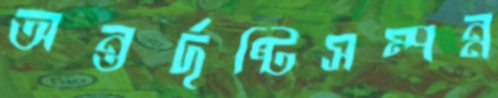
অন্তর্দৃষ্টিসম্পন্ন